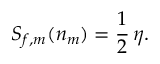
S _ { f , m } ( n _ { m } ) = { \frac { 1 } { 2 } } \, \eta .